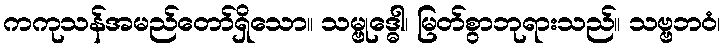
ကကုသန်အမည်တော်ရှိသော။ သမ္ဗုဒ္ဓေါ၊ မြတ်စွာဘုရားသည်။ သဗ္ဗဘဝံ၊